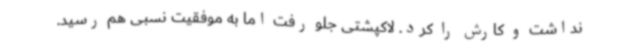
نداشت و کارش را کرد. لاکپشتی جلو رفت اما به موفقیت نسبی هم رسید.